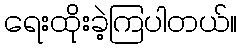
ရေးထိုးခဲ့ကြပါတယ်။